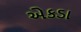
એકડા